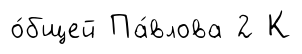
о́бщей Па́влова 2 К